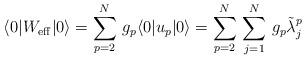
LaTeX: \begin{align*}\langle 0| W_{\rm eff}|0\rangle = \sum_{p=2}^{N}\, g_{p}\langle 0|u_{p}|0\rangle=\sum_{p=2}^{N}\,\sum_{j=1}^{N}\,g_{p}\tilde\lambda_{j}^{p}\end{align*}